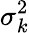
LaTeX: \sigma_{k}^{2}